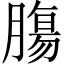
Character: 膓